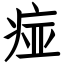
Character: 痖